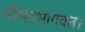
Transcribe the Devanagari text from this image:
श्रीमदभागवत।